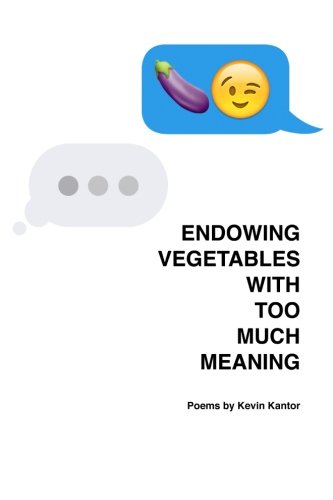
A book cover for Endowing Vegetables With Too Much Meaning; Kevin Kantor; Gay & Lesbian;